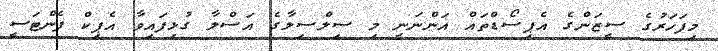
މިފަހަރުގެ ސީޒަންގެ އެޕިސޯޑްތައް އަންނަނީ މި ސިލްސިލާގެ އަސްލާ ގުޅިފައިވާ އެޕިކް ފެންޓަސީ